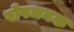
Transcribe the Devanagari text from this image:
पोषजनक